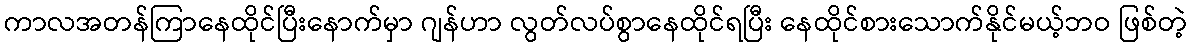
ကာလအတန်ကြာနေထိုင်ပြီးနောက်မှာ ဂျန်ဟာ လွတ်လပ်စွာနေထိုင်ရပြီး နေထိုင်စားသောက်နိုင်မယ့်ဘဝ ဖြစ်တဲ့